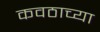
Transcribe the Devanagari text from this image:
कवठाच्या